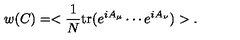
w ( C ) = < \frac { 1 } { N } \mathrm { t r } ( e ^ { i A _ { \mu } } \cdots e ^ { i A _ { \nu } } ) > .